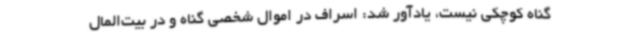
گناه کوچکی نیست، یادآور شد: اسراف در اموال شخصی گناه و در بیت‌المال